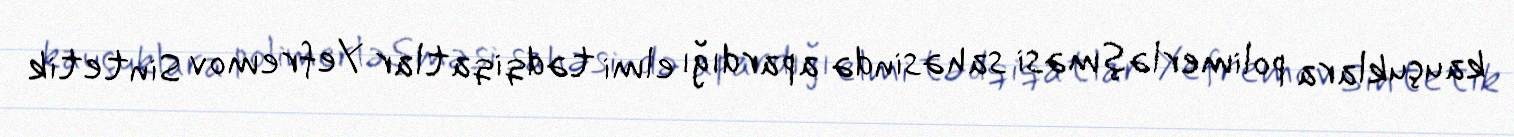
kauçuklara polimerləşməsi sahəsində apardığı elmi tədqiqatlar Yefremov Sintetik